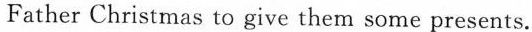
Father Christmas to give them some presents.